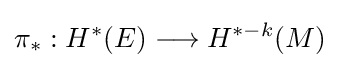
\pi _{*}:H^{*}(E)\longrightarrow H^{*-k}(M)